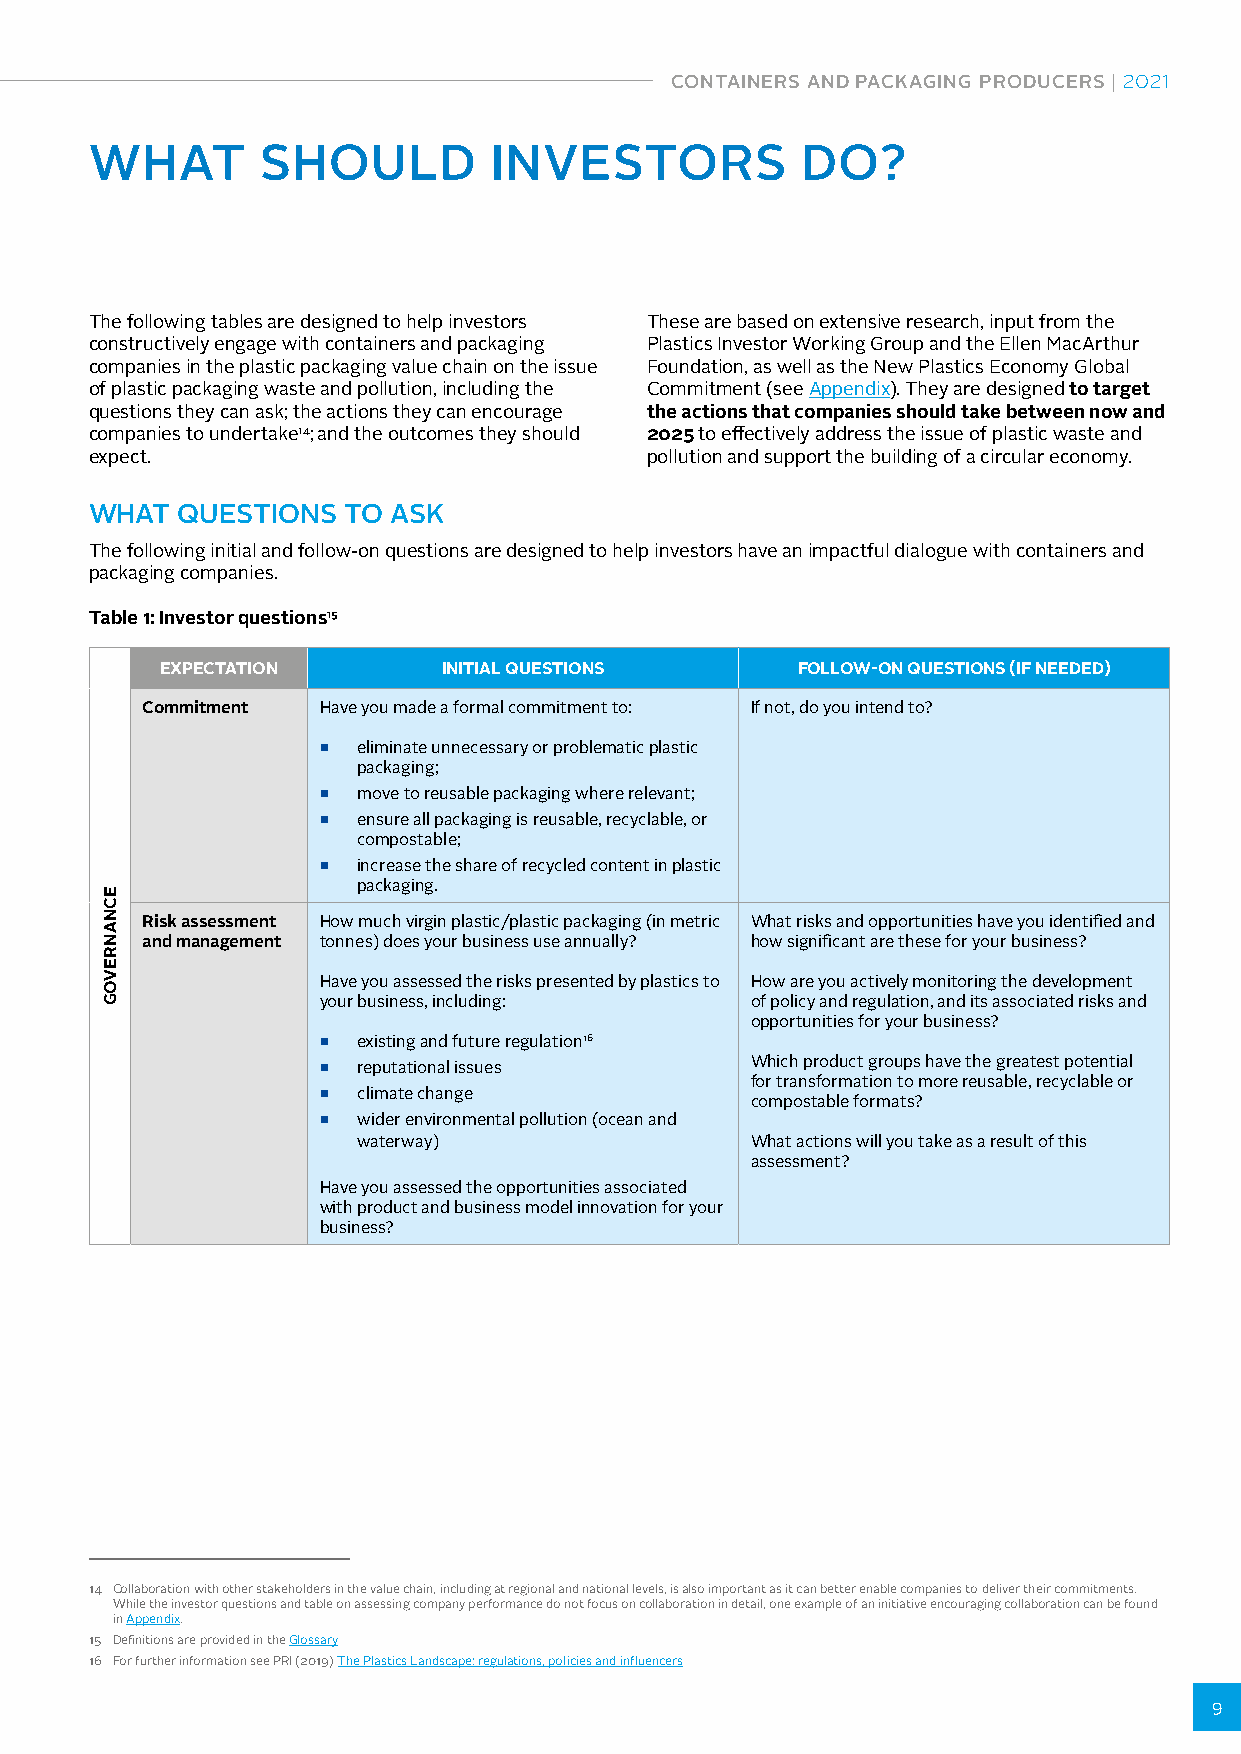
CONTAINERS AND PACKAGING PRODUCERS | 2021
 WHAT       SHOULD         INVESTORS            DO?
 The following tables are designed to help investors These are based on extensive research, input from the
 constructively engage with containers and packaging Plastics Investor Working Group and the Ellen MacArthur
 companies in the plastic packaging value chain on the issue Foundation, as well as the New Plastics Economy Global
 of plastic packaging waste and pollution, including the Commitment (see Appendix). They are designed to target
 questions they can ask; the actions they can encourage the actions that companies should take between now and
 companies to undertake14; and the outcomes they should 2025 to effectively address the issue of plastic waste and
 expect.                              pollution and support the building of a circular economy.
 WHAT  QUESTIONS  TO ASK
 The following initial and follow-on questions are designed to help investors have an impactful dialogue with containers and
 packaging companies.
 Table 1: Investor questions15
 EXPECTATION       INITIAL QUESTIONS       FOLLOW-ON QUESTIONS (IF NEEDED)
 Commitment  Have you made a formal commitment to: If not, do you intend to?
 ■  eliminate unnecessary or problematic plastic
 packaging;
 ■  move to reusable packaging where relevant;
 ■  ensure all packaging is reusable, recyclable, or
 compostable;
 ■  increase the share of recycled content in plastic
 packaging.
 Risk assessment How much virgin plastic/plastic packaging (in metric What risks and opportunities have you identified and
 and management tonnes) does your business use annually? how significant are these for your business?
 Have you assessed the risks presented by plastics to How are you actively monitoring the development
 your business, including:    of policy and regulation, and its associated risks and
 opportunities for your business?
 ■  existing and future regulation16
 ■  reputational issues       Which product groups have the greatest potential
 for transformation to more reusable, recyclable or
 ■  climate change
 compostable formats?
 ■  wider environmental pollution (ocean and
 waterway)                 What actions will you take as a result of this
 assessment?
 Have you assessed the opportunities associated
 with product and business model innovation for your
 business?
 14 Collaboration with other stakeholders in the value chain, including at regional and national levels, is also important as it can better enable companies to deliver their commitments.
 While the investor questions and table on assessing company performance do not focus on collaboration in detail, one example of an initiative encouraging collaboration can be found
 in Appendix.
 15 Definitions are provided in the Glossary
 16 For further information see PRI (2019) The Plastics Landscape: regulations, policies and influencers
 9
 ECNANREVOG